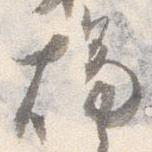
燭